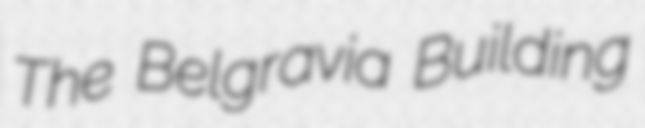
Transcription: The Belgravia Building